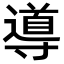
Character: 導